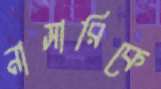
নাসারিকে